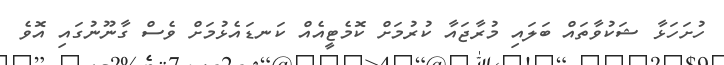
ހުށަހަޅާ ޝަކުވާތައް ބަލައި މުރާޖައާ ކުރުމަށް ކޮމެޓީއެއް ކަނޑައެޅުމަށް ވެސް ގާނޫނުގައި އޮވެ